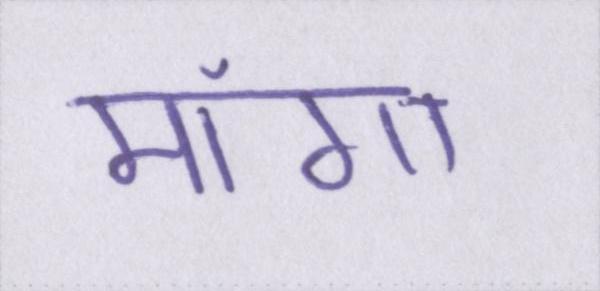
मांगा